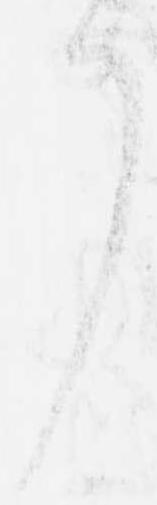
了